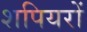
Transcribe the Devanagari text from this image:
शपियरों